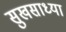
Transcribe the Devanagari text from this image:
सुखसाध्या